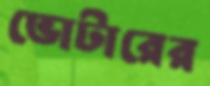
ভোটারের